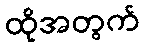
ထိုအတွက်